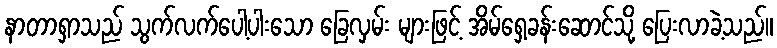
နာတာရှာသည် သွက်လက်ပေါ့ပါးသော ခြေလှမ်း များဖြင့် အိမ်ရှေ့ခန်းဆောင်သို့ ပြေးလာခဲ့သည်။